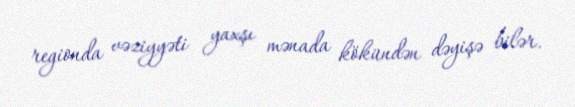
regionda vəziyyəti yaxşı mənada kökündən dəyişə bilər.